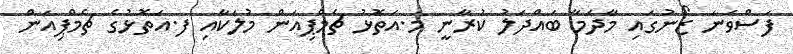
ފަސްވަނަ ޒޯނުގައި މާދަމާ ބައްދަލު ކުރާނީ މ.އަތޮޅު ޗެމްޕިއަން މުލަކާއި ފ.އަތޮޅުގެ ޗެމްޕިއަން